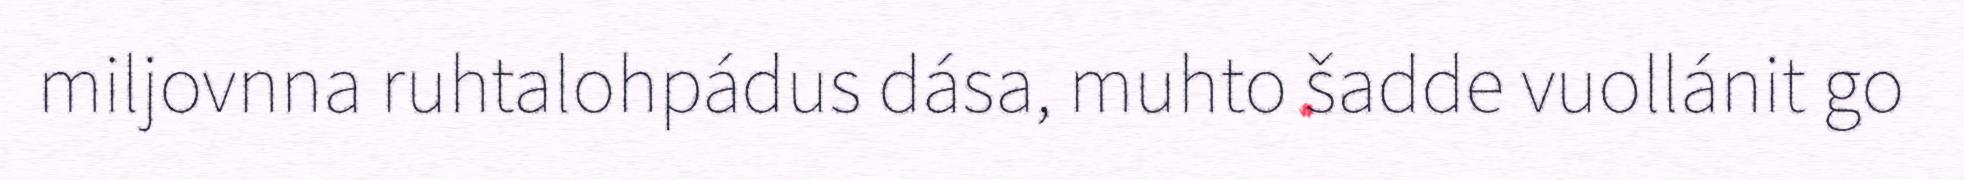
miljovnna ruhtalohpádus dása, muhto šadde vuollánit go